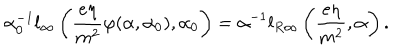
LaTeX: \alpha _ { 0 } ^ { - 1 } l _ { \infty } \left( \frac { e \eta } { m ^ { 2 } } \varphi ( \alpha , \alpha _ { 0 } ) , \alpha _ { 0 } \right) = \alpha ^ { - 1 } l _ { R \infty } \left( \frac { e \eta } { m ^ { 2 } } , \alpha \right) .